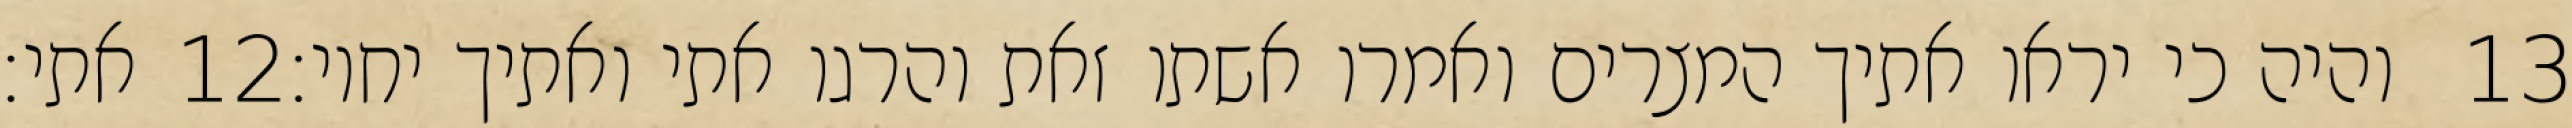
אתי׃ ‎12‏ והיה כי יראו אתיך המצרים ואמרו אשתו זאת והרגו אתי ואתיך יחיו׃ ‎13‏